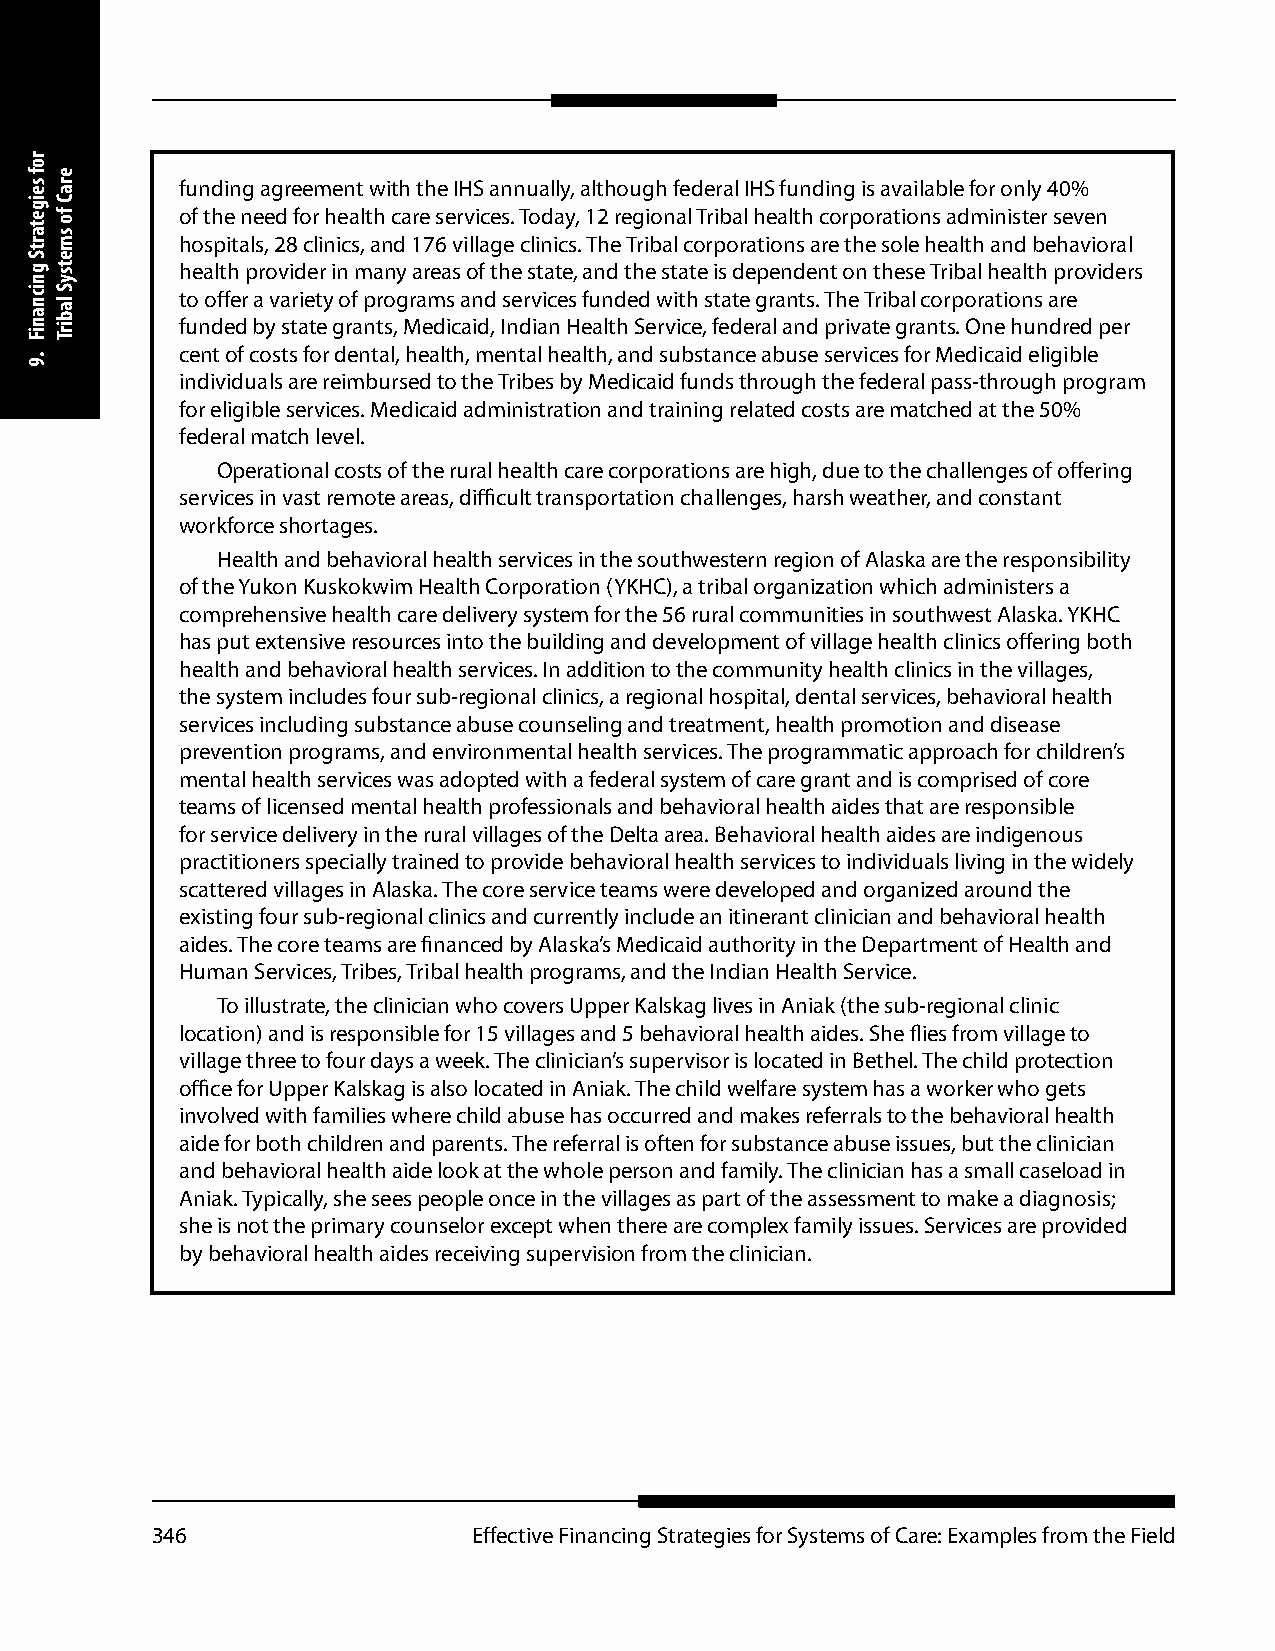
funding agreement with the IHS annually, although federal IHS funding is available for only 40%
 of the need for health care services. Today, 12 regional Tribal health corporations administer seven
 hospitals, 28 clinics, and 176 village clinics. The Tribal corporations are the sole health and behavioral
 health provider in many areas of the state, and the state is dependent on these Tribal health providers
 to offer a variety of programs and services funded with state grants. The Tribal corporations are
 funded by state grants, Medicaid, Indian Health Service, federal and private grants. One hundred per
 cent of costs for dental, health, mental health, and substance abuse services for Medicaid eligible
 individuals are reimbursed to the Tribes by Medicaid funds through the federal pass-through program
 for eligible services. Medicaid administration and training related costs are matched at the 50%
 federal match level.
 Operational costs of the rural health care corporations are high, due to the challenges of offering
 services in vast remote areas, difficult transportation challenges, harsh weather, and constant
 workforce shortages.
 Health and behavioral health services in the southwestern region of Alaska are the responsibility
 of the Yukon Kuskokwim Health Corporation (YKHC), a tribal organization which administers a
 comprehensive health care delivery system for the 56 rural communities in southwest Alaska. YKHC
 has put extensive resources into the building and development of village health clinics offering both
 health and behavioral health services. In addition to the community health clinics in the villages,
 the system includes four sub-regional clinics, a regional hospital, dental services, behavioral health
 services including substance abuse counseling and treatment, health promotion and disease
 prevention programs, and environmental health services. The programmatic approach for children’s
 mental health services was adopted with a federal system of care grant and is comprised of core
 teams of licensed mental health professionals and behavioral health aides that are responsible
 for service delivery in the rural villages of the Delta area. Behavioral health aides are indigenous
 practitioners specially trained to provide behavioral health services to individuals living in the widely
 scattered villages in Alaska. The core service teams were developed and organized around the
 existing four sub-regional clinics and currently include an itinerant clinician and behavioral health
 aides. The core teams are financed by Alaska’s Medicaid authority in the Department of Health and
 Human Services, Tribes, Tribal health programs, and the Indian Health Service.
 To illustrate, the clinician who covers Upper Kalskag lives in Aniak (the sub-regional clinic
 location) and is responsible for 15 villages and 5 behavioral health aides. She flies from village to
 village three to four days a week. The clinician’s supervisor is located in Bethel. The child protection
 office for Upper Kalskag is also located in Aniak. The child welfare system has a worker who gets
 involved with families where child abuse has occurred and makes referrals to the behavioral health
 aide for both children and parents. The referral is often for substance abuse issues, but the clinician
 and behavioral health aide look at the whole person and family. The clinician has a small caseload in
 Aniak. Typically, she sees people once in the villages as part of the assessment to make a diagnosis;
 she is not the primary counselor except when there are complex family issues. Services are provided
 by behavioral health aides receiving supervision from the clinician.
 346                  Effective Financing Strategies for Systems of Care: Examples from the Field
 rof
 seigetartS
 gnicnaniF
 .9
 eraC
 fo
 smetsyS
 labirT